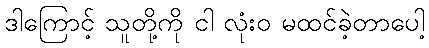
ဒါကြောင့် သူတို့ကို ငါ လုံးဝ မထင်ခဲ့တာပေါ့